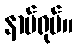
နာမ်ရုပ်။